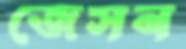
জেসন